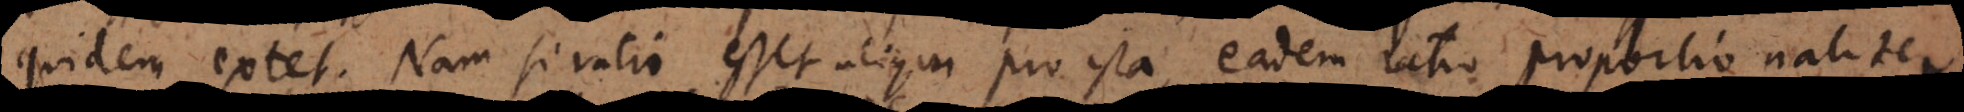
quidem extet. Nam si ratio esset aliqua pro ista, eadem ratio proportionaliter